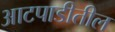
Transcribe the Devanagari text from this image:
आटपाडीतील